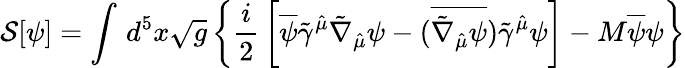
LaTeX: {\cal S}[\psi]=\int\, d^{5}x\sqrt{g}\left\{ \frac{i}{2}\, \left[\overline{{{\psi}}}\tilde{\gamma}^{\hat{\mu}}\tilde{\nabla}_{\hat{\mu}}\psi-(\overline{{{\tilde{\nabla}_{\hat{\mu}}\psi}}})\tilde{\gamma}^{\hat{\mu}}\psi\right]-M\overline{{{\psi}}}\psi\right\}